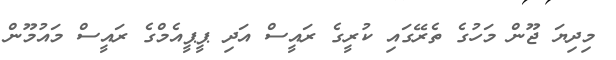
މިދިޔަ ޖޫން މަހުގެ ތެރޭގައި ކުރީގެ ރައީސް އަދި ޕީޕީއެމްގެ ރައީސް މައުމޫން